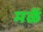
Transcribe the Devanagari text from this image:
मळें